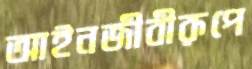
আইনজীবীরূপে